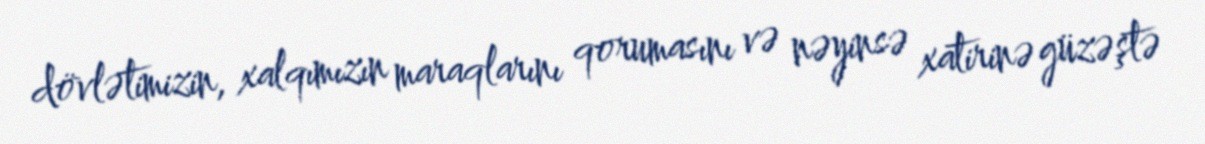
dövlətimizin, xalqımızın maraqlarını qorumasını və nəyinsə xatirinə güzəştə